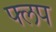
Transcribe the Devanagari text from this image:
फ्लप